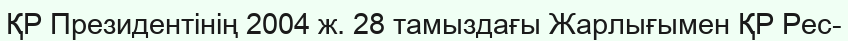
ҚР Президентінің 2004 ж. 28 тамыздағы Жарлығымен ҚР Рес-